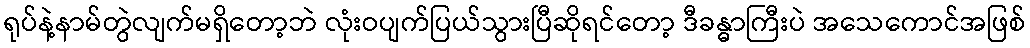
ရုပ်နဲ့နာမ်တွဲလျက်မရှိတော့ဘဲ လုံးဝပျက်ပြယ်သွားပြီဆိုရင်တော့ ဒီခန္ဓာကြီးပဲ အသေကောင်အဖြစ်